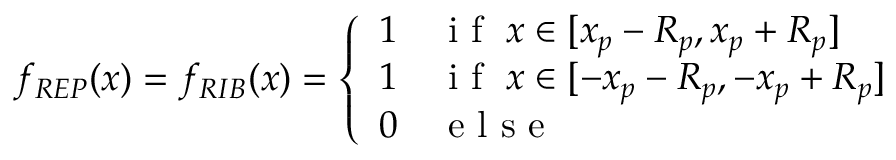
f _ { R E P } ( x ) = f _ { R I B } ( x ) = \left\{ \begin{array} { l l } { 1 } & { \mathrm { ~ i ~ f ~ } \; x \in [ x _ { p } - R _ { p } , x _ { p } + R _ { p } ] } \\ { 1 } & { \mathrm { ~ i ~ f ~ } \; x \in [ - x _ { p } - R _ { p } , - x _ { p } + R _ { p } ] } \\ { 0 } & { \mathrm { ~ e ~ l ~ s ~ e ~ } } \end{array} \right.